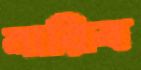
নারিব